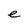
Character: e